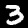
Digit: 3